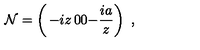
{ \cal N } = \left( \begin{matrix} { - i z } & { 0 } \\ { 0 } & { - \frac { i a } { z } } \\ \end{matrix} \right) \ ,